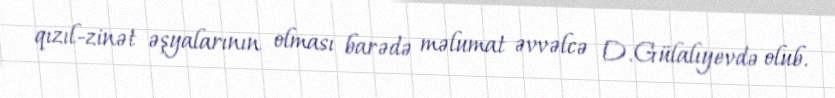
qızıl-zinət əşyalarının olması barədə məlumat əvvəlcə D.Gülalıyevdə olub.